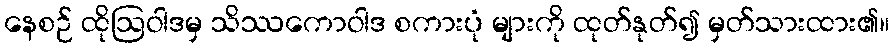
နေစဉ် ထိုဩဝါဒမှ သိဿကောဝါဒ စကားပုံ များကို ထုတ်နုတ်၍ မှတ်သားထား၏။